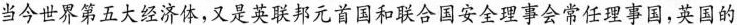
当今世界第五大经济体，又是英联邦元首国和联合国安全理事会常任理事国，英国的